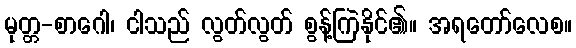
မုတ္တ-စာဂေါ၊ ငါသည် လွတ်လွတ် စွန့်ကြဲနိုင်၏။ အရတော်လေစ။